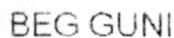
BEG GUNI